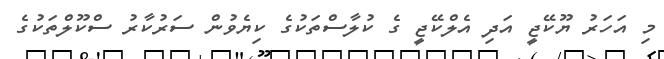
މި އަހަރު ޔޫކޭޖީ އަދި އެލްކޭޖީ ގެ ކުލާސްތަކުގެ ކިޔެވުން ސަރުކާރު ސްކޫލްތަކުގެ